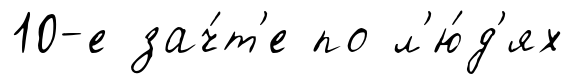
10-е зач́т'е по л'ю́д'ях